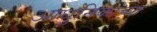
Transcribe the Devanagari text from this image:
आधुनिकांच्या